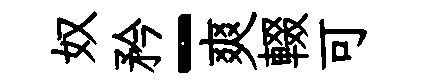
奴矜-爽輟可